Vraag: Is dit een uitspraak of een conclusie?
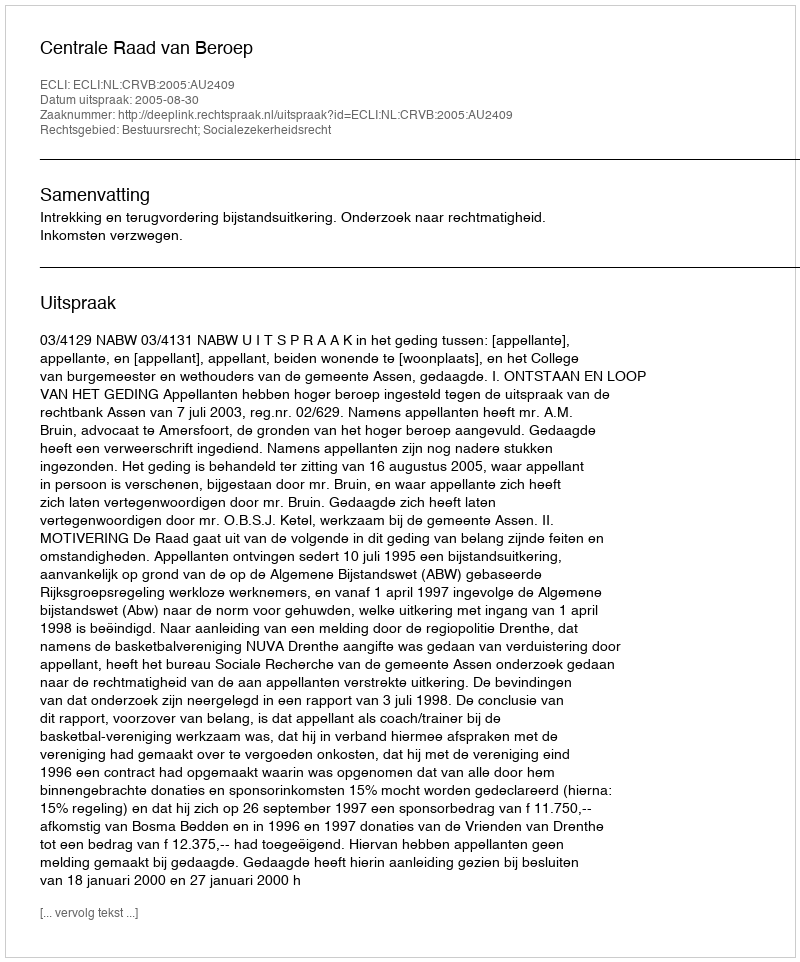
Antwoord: Uitspraak